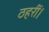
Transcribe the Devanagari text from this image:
ठहरीं।